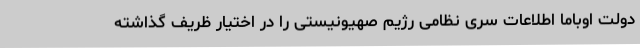
دولت اوباما اطلاعات سری نظامی رژیم صهیونیستی را در اختیار ظریف گذاشته